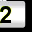
Digit: 2